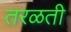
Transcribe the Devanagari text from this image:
तरळती